Kiideva_(Sinalepa)_vallavalitsus, lk 10
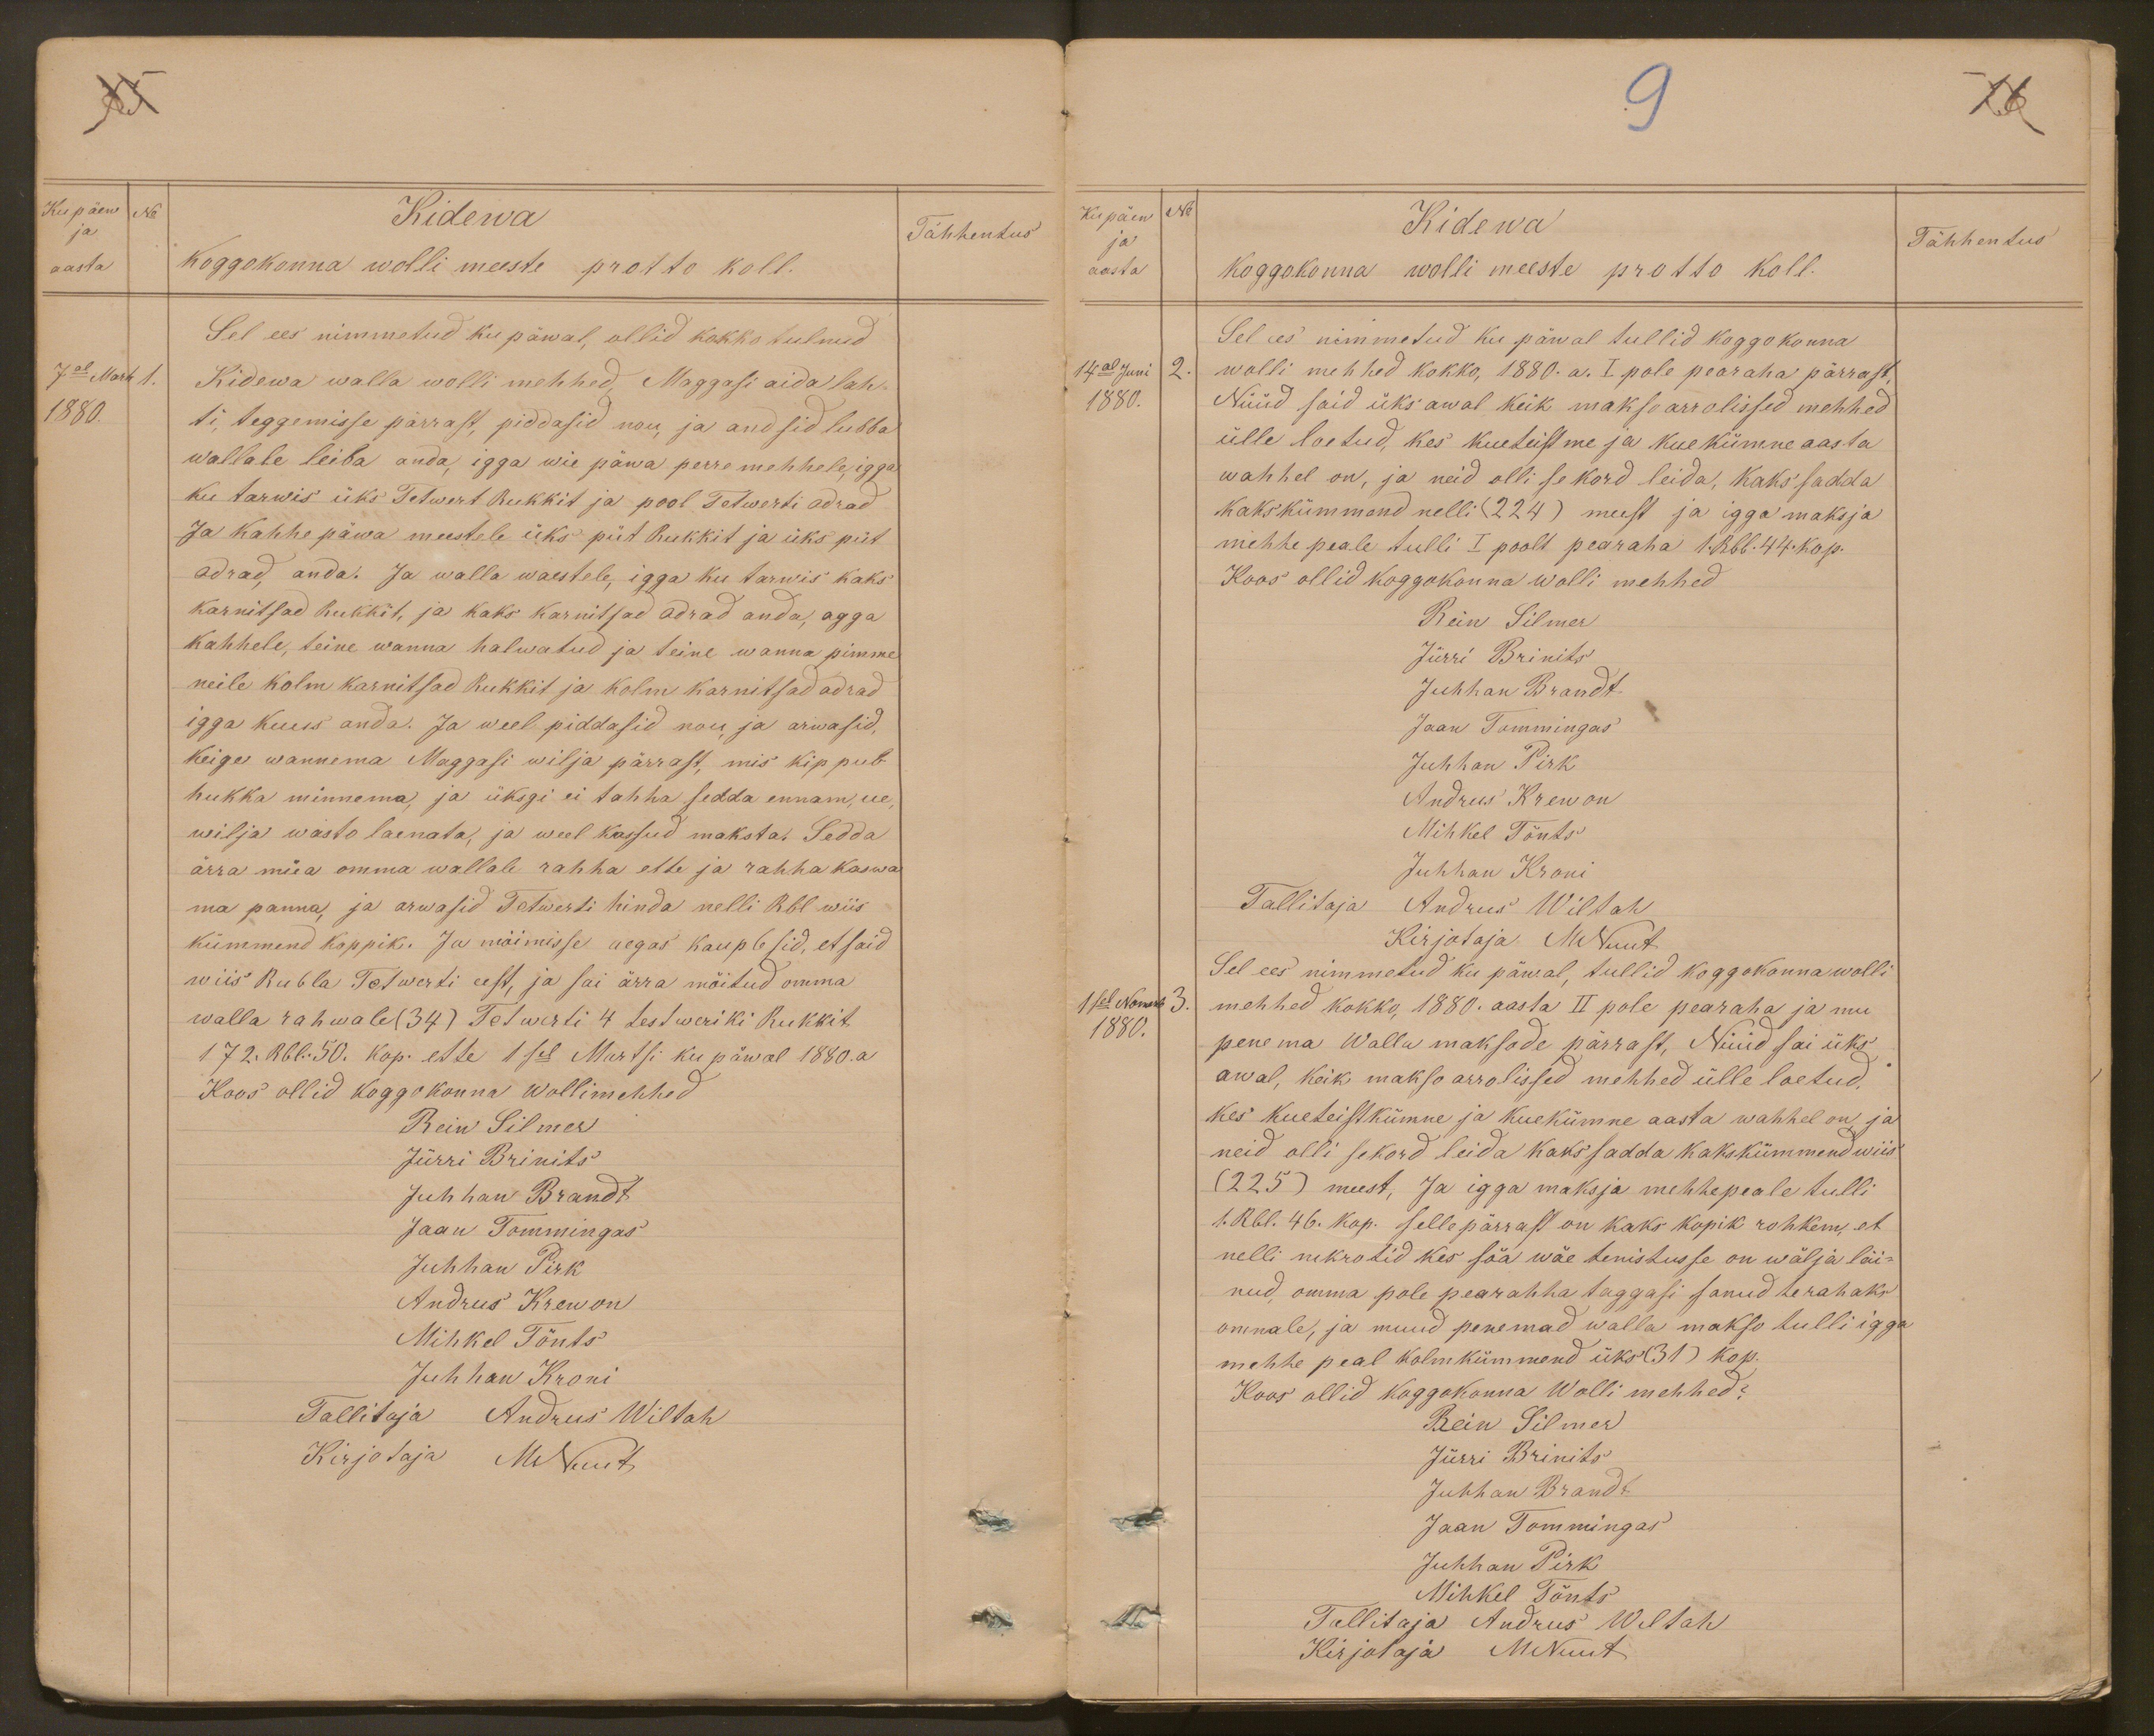
Kupäew
No
Kidewa
ja
Tähhentus
aasta
Koggokonna wolli meeste protto koll.
Sel ees nimmetud ku päwal, ollid kokko tulnud
7al Marts 1
Kidewa walla wolli mehhed. Maggasi aida lah-
1880.
ti teggemisse pärrast, piddasid nõu, ja andsid lubba
wallale leiba anda, igga wie päwa perremehhele, igga
ku tarwis üks Tetwert Rukkit ja pool Tetwerti odrad
Ja kahhe päwa meestele üks püt rukkit ja üks püt
odrad, anda. Ja walla waestele, igga ku tarwis kaks
karnitsad rukkit, ja kaks karnitsad odrad anda, agga
kahhele, teine wanna halwatud ja teine wanna pimme
neile kolm karnitsad rukkit ja kolme karnitsad odrad
igga kuus anda. Ja weel piddasid nou ja arwasid,
keige wannema Maggasi wilja pärrast, mis kippub
hukka minnema, ja üksgi ei tahha sedda ennam, ue,
wilja wasto laenata, ja weel kassud maksta. Sedda
ärra müa omma wallale rahha ette ja rahhab kaswa
ma panna, ja arwasid Tetwerti hinda nelli Rbl wiis
kümmend koppik. Ja möimisse aegas kauplesid, et said
wiis Rubla Tetwerti eest, ja sai ärra möitud omma
walla rahwale (34) Tetwerti 4 testweriki Rukkit
172. Rbl. 50. kop. ette 1sel Martsi ku päwal 1880. a.
Koos ollid koggokonna wollimehhed
Rein Silmer
Jürri Brinits
Juhhan Brandt
Jaan Tommingas
Juhhan Pirk
Andrus Krewon
Mihkel Tönts
Juhhan Kroni
Tallitaja Andrus Wiltah
Kirjotaja MNuut

Kupäew
No
Kidewa
ja
Tähhentus
aasta
Koggokonna wolli meeste protto koll.
Sel ees nimmetud ku päwal tullid koggokonna
14al Juni
2.
wolli mehhed kokko, 1880. a. I pole pearaha pärrast,
1880.
Nüüd said üks awal keik makso arrolissed mehhed
ülle loetud, kes kueteistme ja kuekümne aasta
wahhel on, ja neid olli se kord leida, kaks sadda
kaks kümmend nelli (224) meest ja igga maksja
mehhe peale tulli I poolt pearaha 1. Rbl. 44. kop.
Koos ollid koggokonna wolli mehhed
Rein Silmer
Jürri Brinits
Juhhan Brandt
Jaan Tommingas
Juhhan Pirk
Andrus Krewon
Mihkel Tönts
Juhhan Kroni
Tallitaja Andrus Wiltah
Kirjotaja M Nuut
Sel ees nimmetud ku päwal, tullid koggokonna wolli
1sel Nowemb
3.
mehhed kokko, 1880. aasta II pole pearaha ja mu
1880.
penema Walla maksode pärrast, Nüüd sai üks
awal, keik makso arrolissed mehhed ülle loetud,
kes kueteistkümne ja kuekümne aasta wahhel on ja
neid olli sekord leida kaks sadda kakskümmend wiis
(225) meest, Ja igga maksja mehhe peale tulli
1. Rbl. 46. kop. selle pärrast on kaks kopik rohkem, et
nelli nekrotid kes söa wäe tenistusse on wälja läi-
nud omma pole pearahha taggasi sanud te rahaks
ommale, ja muud penemad walla makso tulli igga
mehhe peal kolmkümmend üks (31) kop.
Koos ollid koggokonna Wolli mehhed:
Rein Silmer
Jürri Brinits
Juhhan Brandt
Jaan Tommingas
Juhhan Pirk
Mihkel Tönts
Tallitaja Andrus Wiltah
Kirjotaja MNuut